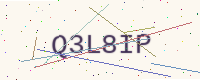
Text: Q3L8IP